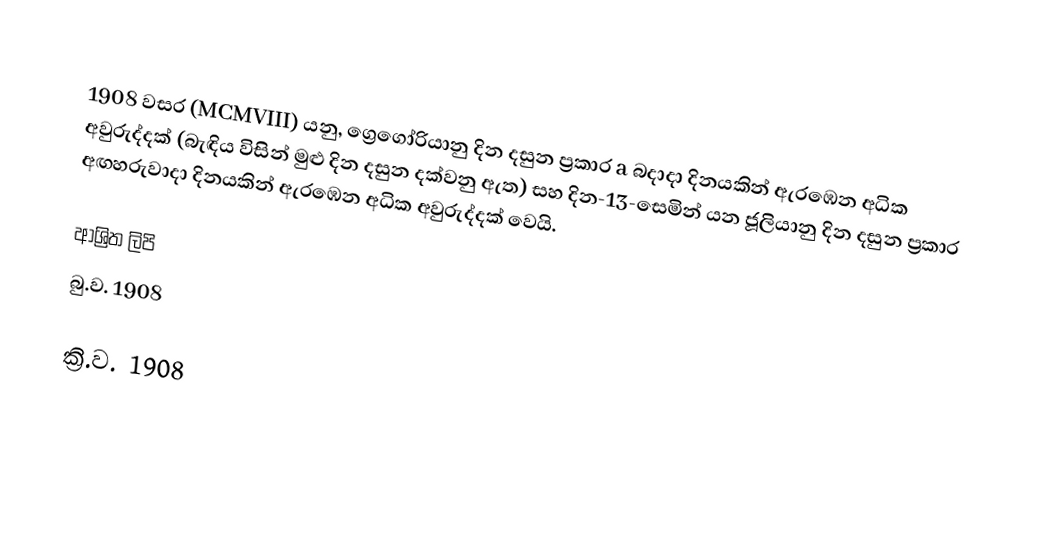

1908 වසර (MCMVIII) යනු,  ග්‍රෙගෝරියානු දින දසුන  ප්‍රකාර a  බදාදා දිනයකින් ඇරඹෙන අධික අවුරුද්දක් (බැඳිය විසින් මුළු දින දසුන දක්වනු ඇත) සහ දින-13-සෙමින් යන ජූලියානු දින දසුන ප්‍රකාර  අඟහරුවාදා දිනයකින් ඇරඹෙන අධික අවුරුද්දක් වෙයි.

ආශ්‍රිත ලිපි
 බු.ව. 1908

ක්‍රි.ව. 1908